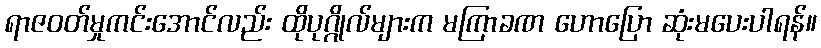
ရာဇဝတ်မှုကင်းအောင်လည်း ထိုပုဂ္ဂိုလ်များက မကြာခဏ ဟောပြော ဆုံးမပေးပါရန်။